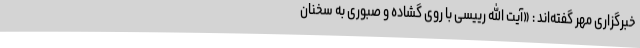
خبرگزاری مهر گفته‌اند : «آیت الله رییسی با روی گشاده و صبوری به سخنان